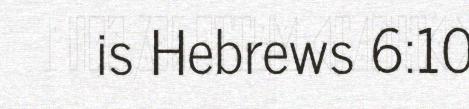
is Hebrews 6:10